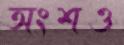
অংশও